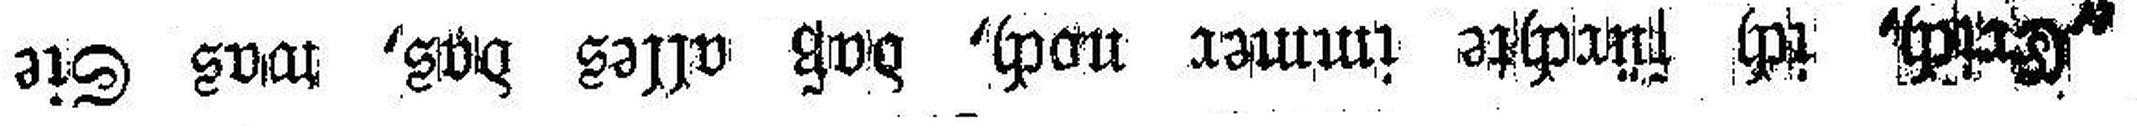
„Erich, ich fürchte immer noch, daß alles das, was Sie